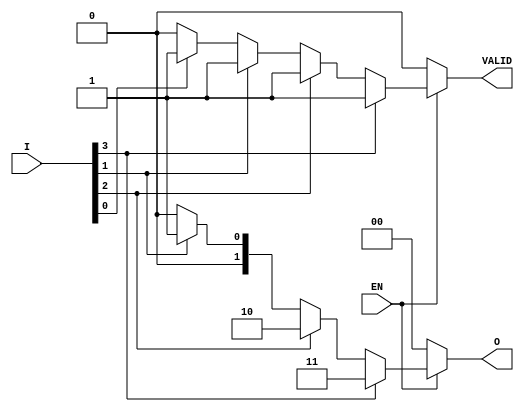
module priority_encoder (
    input wire [3:0] I,    // 4 one-hot inputs
    input wire EN,         // Enable input
    output reg [1:0] O,    // 2-bit binary output
    output reg VALID       // Valid output
);

always @(*) begin
    if (EN) begin
        case (1'b1) // Check for the highest priority input
            I[3]: begin
                O = 2'b11; // Output for I3
                VALID = 1'b1;
            end
            I[2]: begin
                O = 2'b10; // Output for I2
                VALID = 1'b1;
            end
            I[1]: begin
                O = 2'b01; // Output for I1
                VALID = 1'b1;
            end
            I[0]: begin
                O = 2'b00; // Output for I0
                VALID = 1'b1;
            end
            default: begin
                O = 2'b00; // Default output if no input is active
                VALID = 1'b0; // No valid input
            end
        endcase
    end else begin
        O = 2'b00; // Default output when not enabled
        VALID = 1'b0; // No valid input
    end
end

endmodule